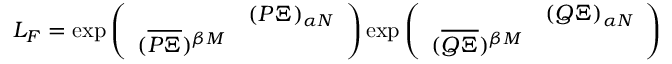
L _ { F } = \exp \left( \begin{array} { c c } { { } } & { { ( P \Xi ) _ { \alpha N } } } \\ { { ( \overline { { { P \Xi } } } ) ^ { \beta M } } } & { { } } \end{array} \right) \exp \left( \begin{array} { c c } { { } } & { { ( Q \Xi ) _ { \alpha N } } } \\ { { ( \overline { { { Q \Xi } } } ) ^ { \beta M } } } & { { } } \end{array} \right)